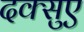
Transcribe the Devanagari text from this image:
दक्सुए